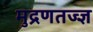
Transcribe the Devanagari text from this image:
मुद्रणतज्ज्ञ